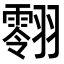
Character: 𮋔